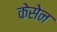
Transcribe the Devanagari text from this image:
केसेन